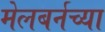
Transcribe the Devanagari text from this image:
मेलबर्नच्या